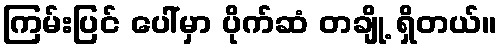
ကြမ်းပြင် ပေါ်မှာ ပိုက်ဆံ တချို့ ရှိတယ်။